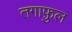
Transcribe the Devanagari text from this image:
तगाफ़ुल